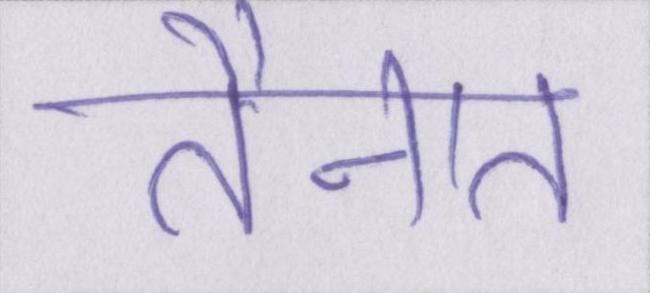
तैनात